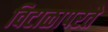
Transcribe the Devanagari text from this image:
विटाळापरते